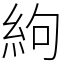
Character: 絇